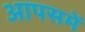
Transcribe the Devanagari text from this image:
आपसमें